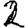
Digit: 2